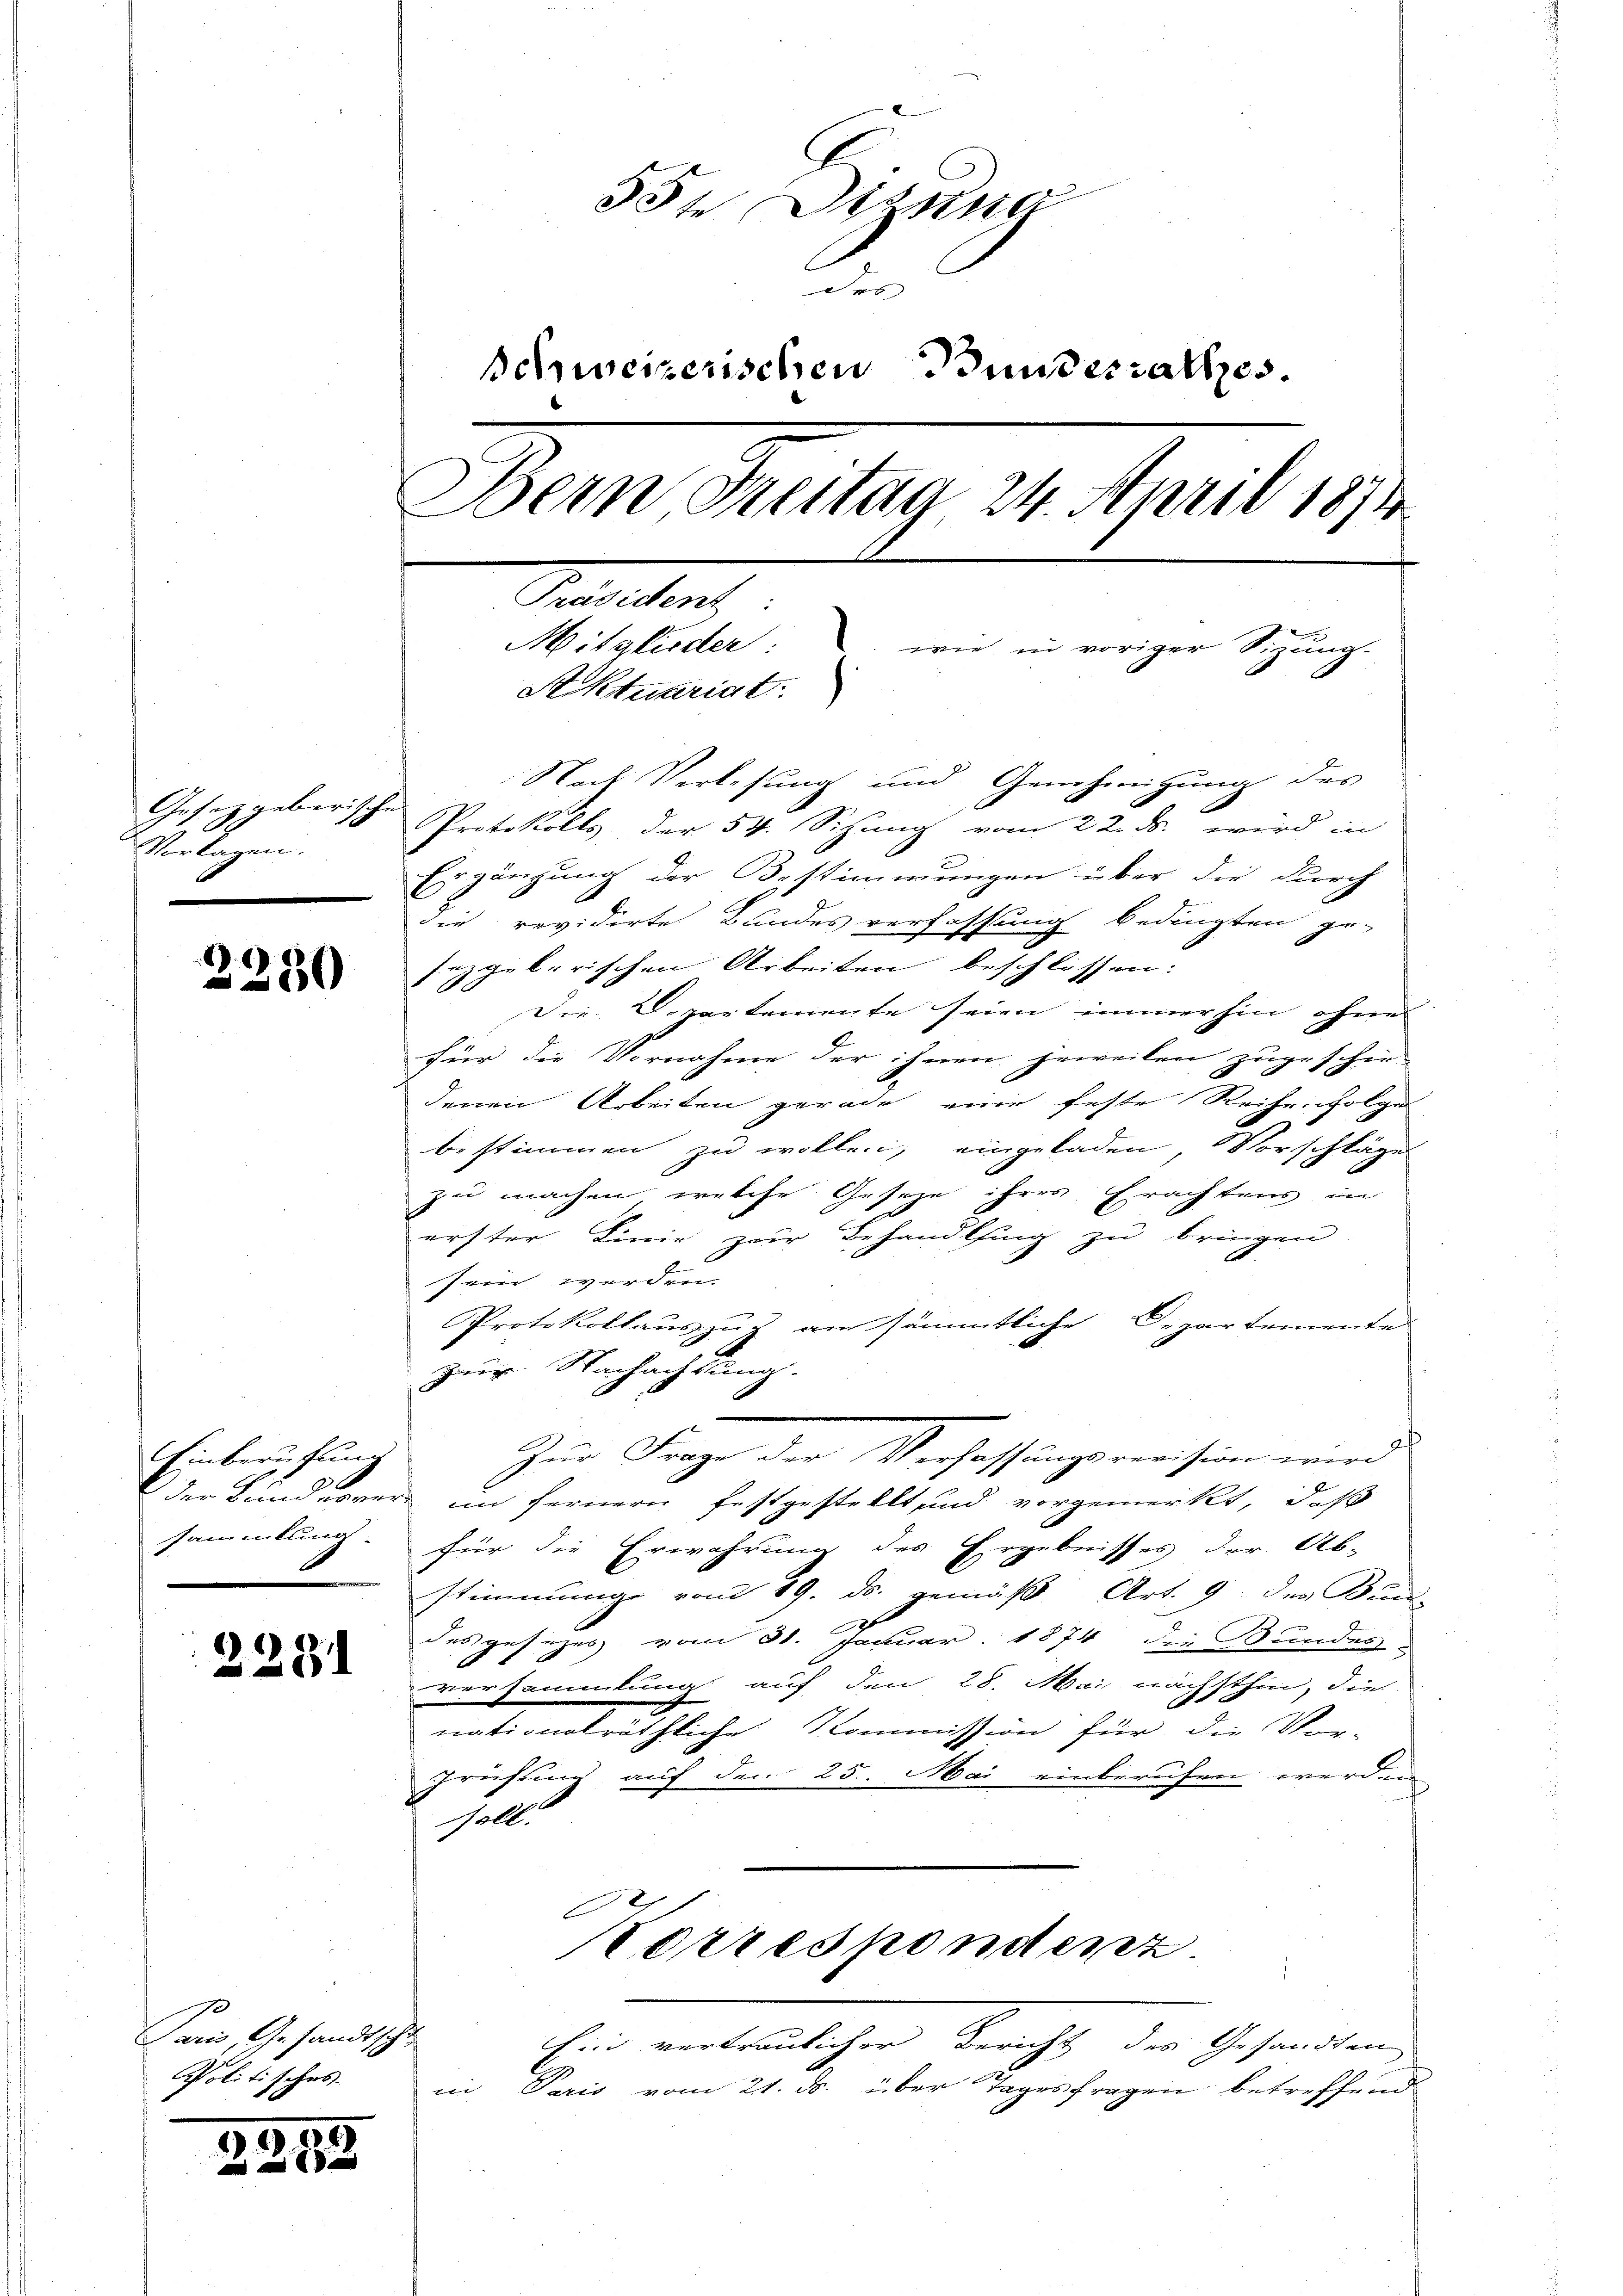
Gesetzgeberisch
Vorlagen.

6)
60

228.

Einberufung
sammlung.

Paris, Gesandtschut
Politisches.

2258

33te Disena
des
Schweizerischen Bundesrathes.
Dein Freitag 24. April 1874
Praesident,
Mitglieder: wie in voriger Sirung-
.
Aktuariat

Nach Verlesung und Genehmigung des
be
Protokolls der 54. Sitzung vom 22. ds wird in
Ergänzung der Bestimmungen über die durch
die revidirte Landesverfassung bedingten ge-
fezgeberischen Arbeiten beschlossen:
Die Departemente seien immerhin ohne
für die Vornahme der ihnen jeweilen zugeschie-
denen Arbeiten gerade eine feste Reihenfolge
bestimmen zu wollen, eingeladen, Vorschläge
zu machen, welche Geseze ihres Erachtens ei
erster Linie zur Behandlung zŭ bringen.
sein werden.
Protokollauszug am sämmtliche Departemente
zur Nachachtung.
der Landesvers im fernern festgestellt und vorgemerkt, daß
für die Erwährung des Ergebnisses der Ab-
stimmung vom 19. ds. gemäß Art. 9. der Bun-
des gesezes vom 31. Januar 1874 die Bundes-
versammlung auf den 28. Mai nächsthin, die
nationalräthliche Kommission für die Vor-
Prüfung auf den 25. Mai einberufen werden
soll.
Korrespondenz.
chen entweilichen Bericht, die Gesandten,
in Paris vom 21. ds. über Tagesfragen betreffend

Zur Frage der Verfassung einsen wird